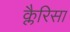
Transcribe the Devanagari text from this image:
क्लैरिसा